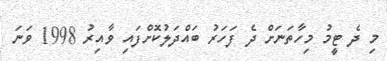
މި ދެ ޓީމު މިހާތަނަށް ދެ ފަހަރު ބައްދަލުކޮށްފައި ވާއިރު 1998 ވަނަ